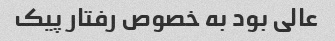
عالی بود به خصوص رفتار پیک